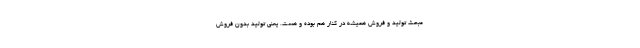
مبحث تولید و فروش همیشه در کنار هم بوده و هست. یعنی تولید بدون فروش